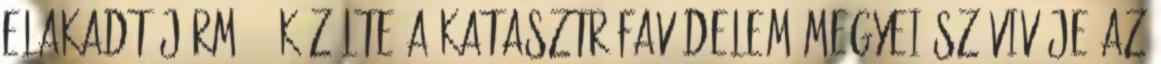
elakadt jármű - közölte a katasztrófavédelem megyei szóvivője az